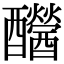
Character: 𨤂